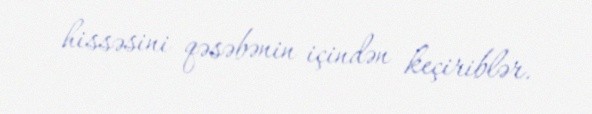
hissəsini qəsəbənin içindən keçiriblər.